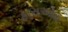
ફારાઓહ